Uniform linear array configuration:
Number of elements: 16
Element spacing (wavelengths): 0.5
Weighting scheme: cosine
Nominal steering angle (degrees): -60
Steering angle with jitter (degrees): -60.416
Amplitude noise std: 0.05
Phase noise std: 0.05

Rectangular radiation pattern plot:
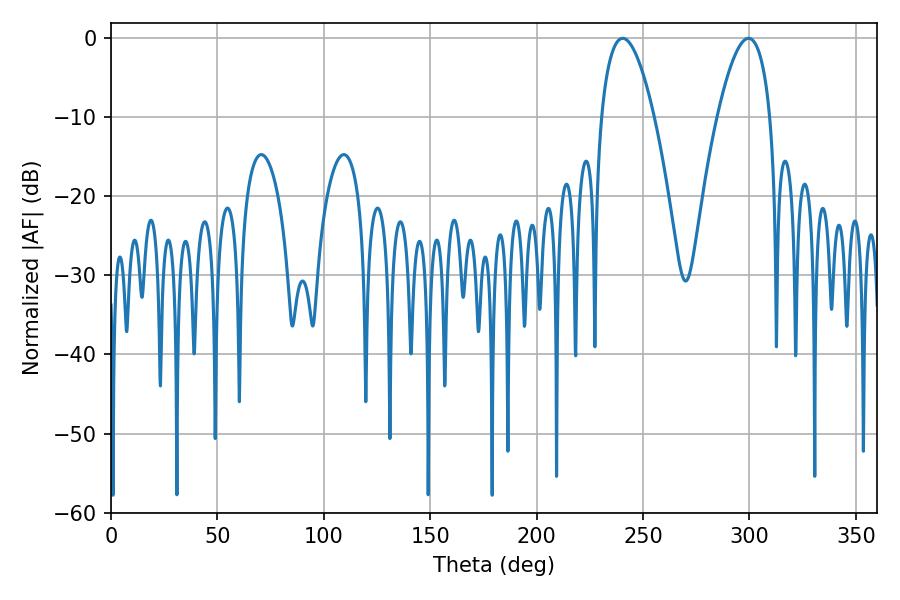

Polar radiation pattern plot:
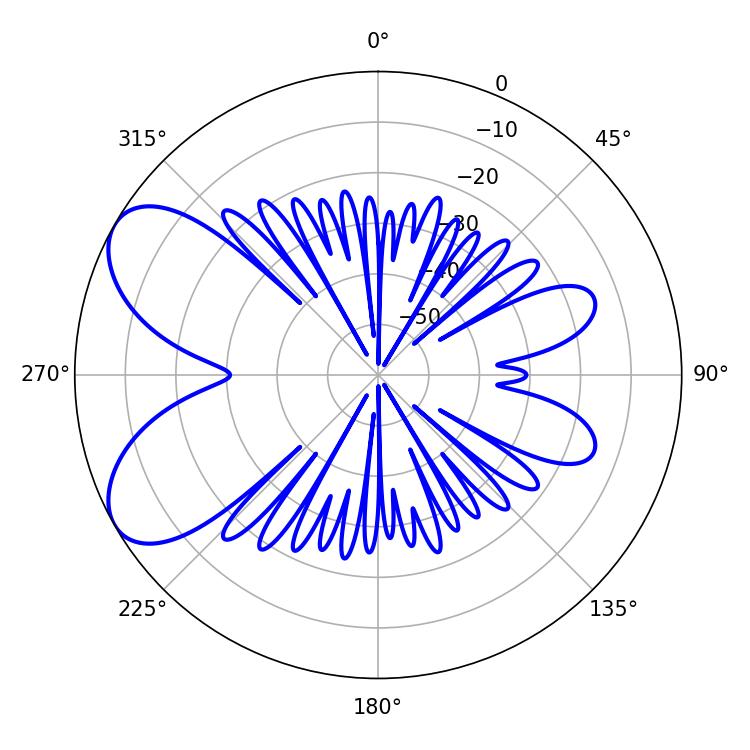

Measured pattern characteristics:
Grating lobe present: FALSE
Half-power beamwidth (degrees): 13.68
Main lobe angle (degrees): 240.48